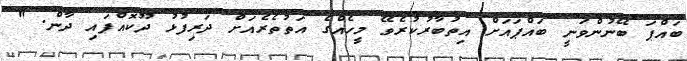
ބައްޕަ ބޭނުންވަނީ ބައްޕައަށް އިތުބާރުކުރެވޭ މީހެއްގެ އަތުތެރެއަށް ދަރިފުޅު ދޫކޮއްފައި ދާން. "